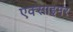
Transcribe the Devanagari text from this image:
एक्‍साइमर